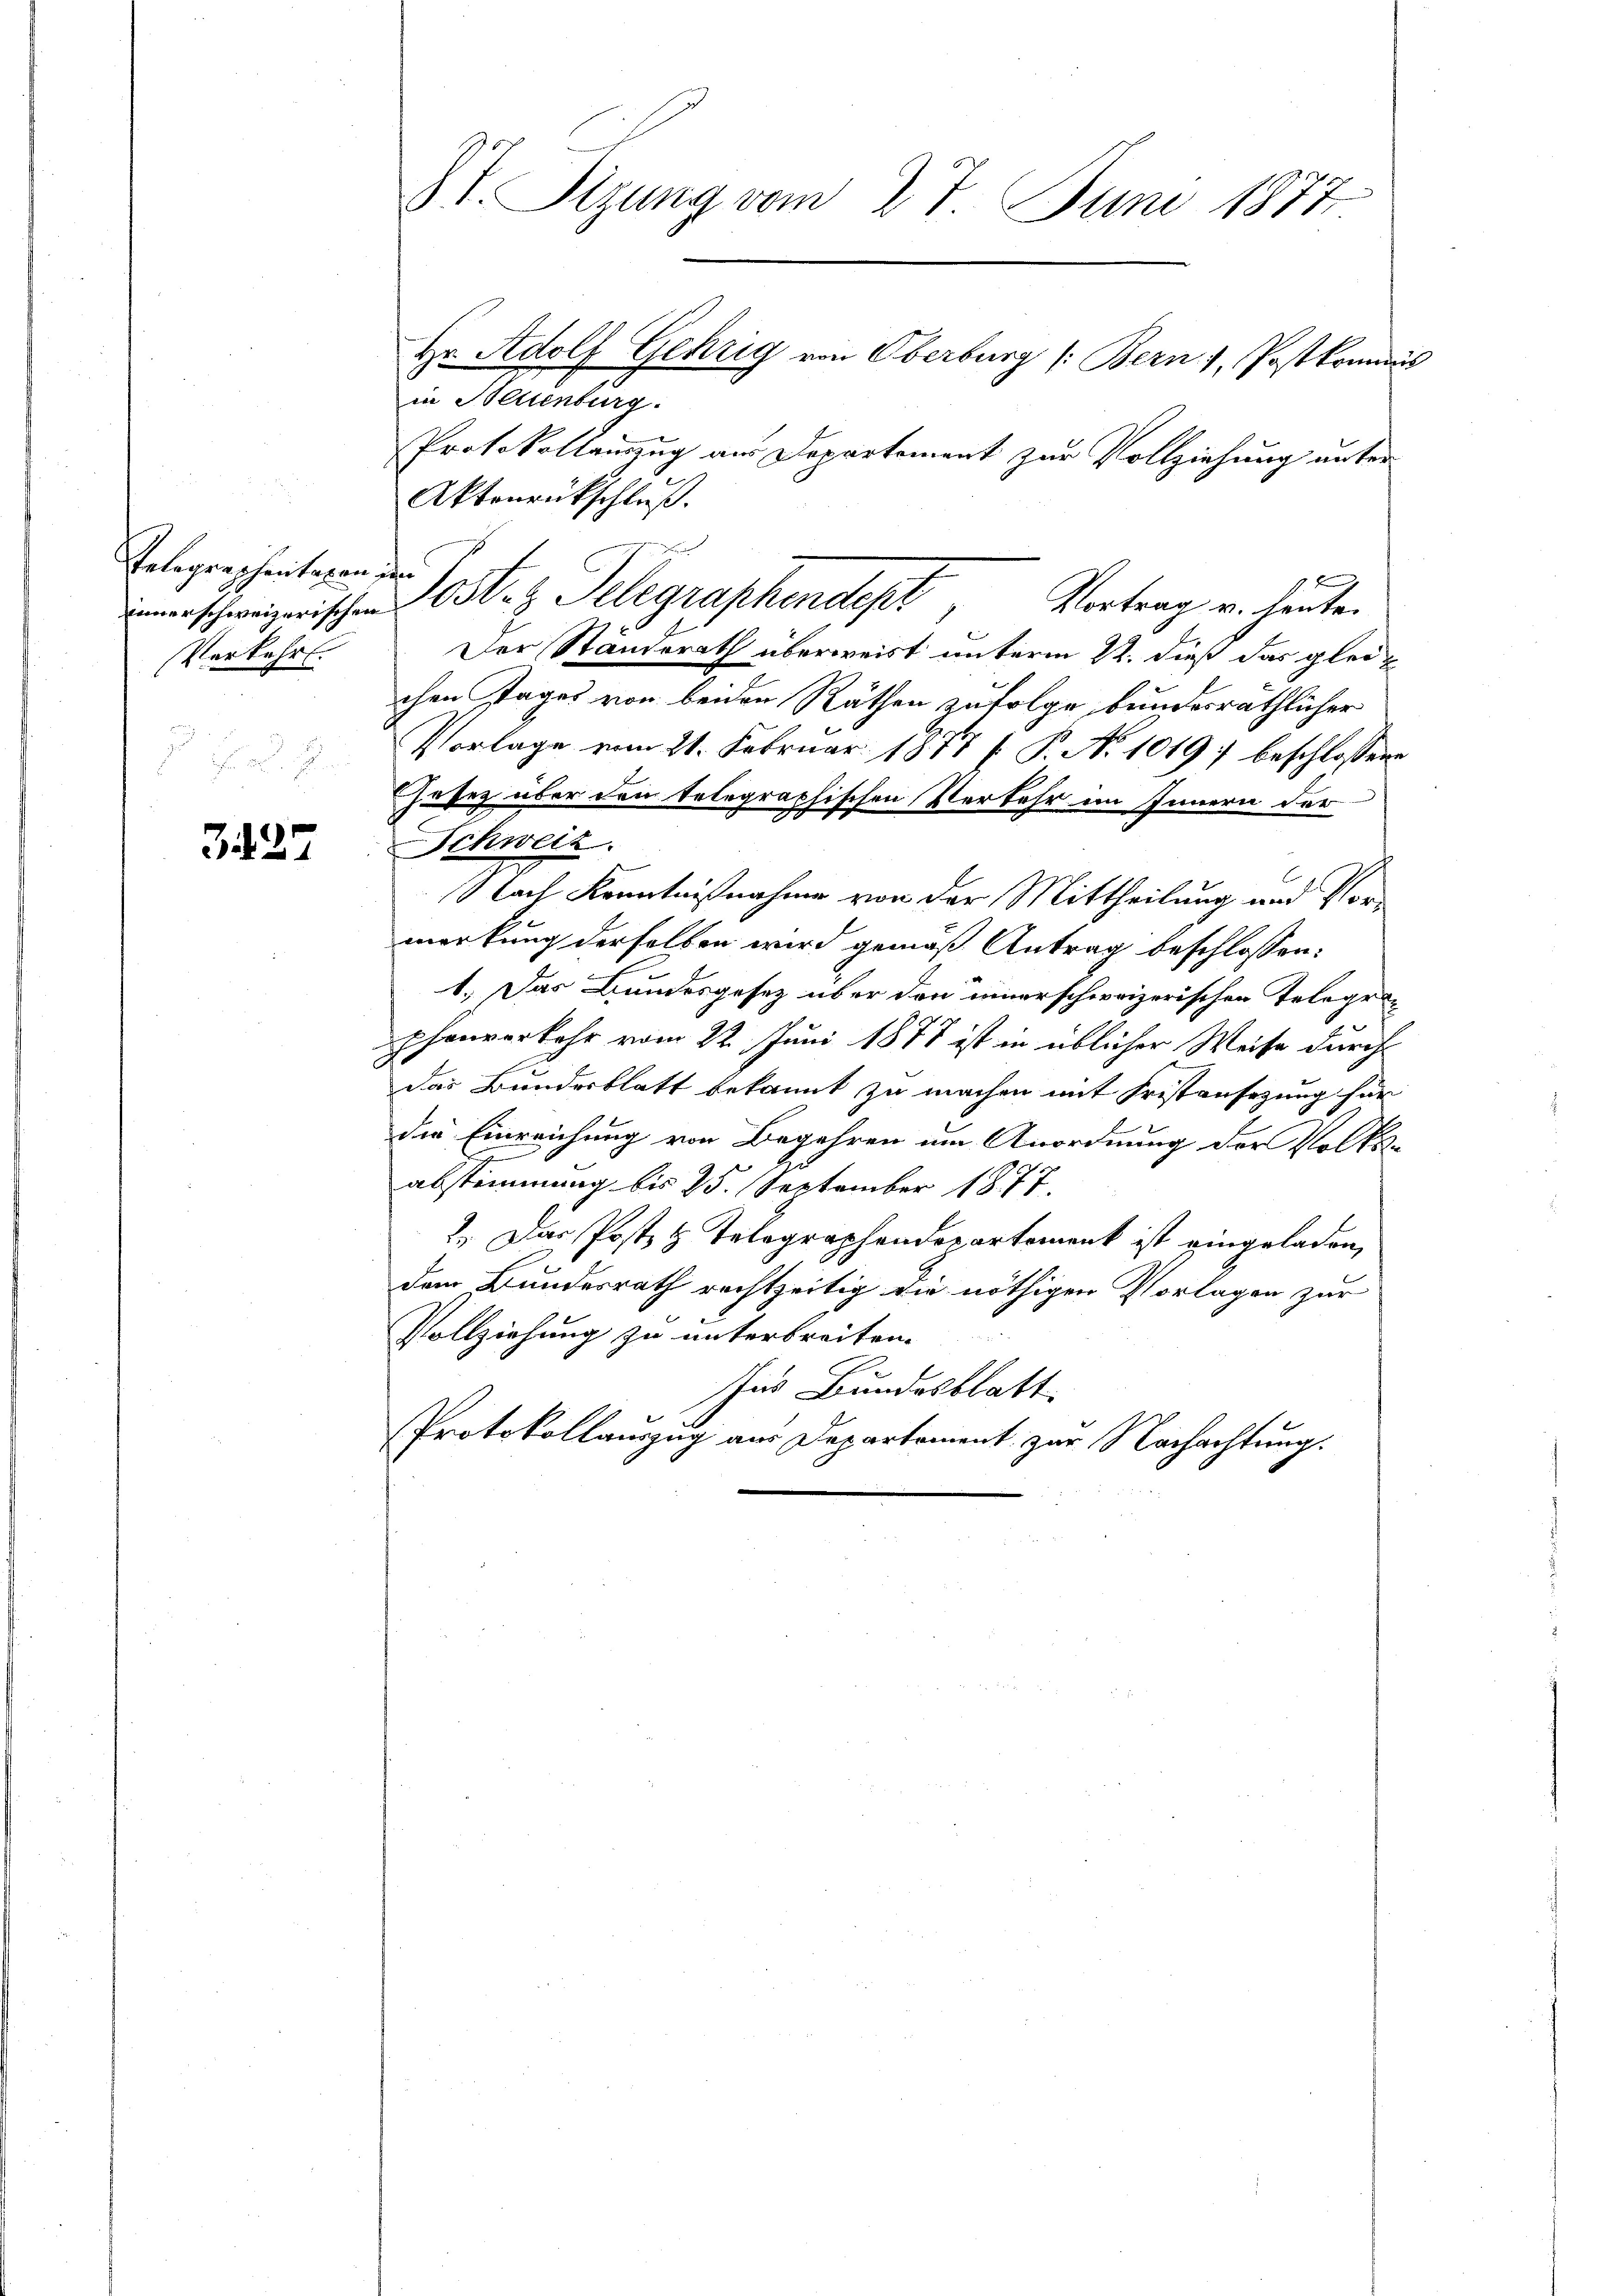
Telegraphentagen den
Verkehrt.

327

h

in Belienburg.
Protokollauszug aus Departement zur Vollziehung unter
Aktenrückschluß.
F
nerschweizerischen Post- & Telegraphendept
Vortrag u. heute.
Der Ständerath überweist unterm 22. dieß das gleichen Tages von beiden Räthen zufolge bundesräthlicher
Vorlage vom 21. Februar 1877 [ P. No 1019 beschlossene
sasez über den telegraphischen Verkehr im Innern der
Schweiz.
Nach Kenntnißnahme von der Mittheilung und Vormerkung derselben wird gemäß Antrag beschlossen:
1.) Das Bundesgesetz über den innerschweizerischen Telegraphenverkehr vom 22. Juni 1877 ist in üblicher Weise durch
das Bundesblatt bekannt zu machen mit Fristansezung für
die Einreichung von Begehren um Anordnung der Volks-
abstimmung bis 25. September 1877.
2.) Das Poste & Telegraphendepartement ist eingeladen,
dem Bundesrath rechtzeitig die nöthigen Vorlagen zur
Vollziehung zu unterbreiten.
e
Ins Bundesblatt
Protokollauszug aus Departement zur Nachachtung.

St. Sizung vom 27. Juni 1877

Hr. Adolf Gehrig von Oberburg (: Bern 1, Postkommis